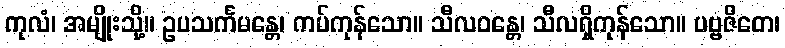
ကုလံ၊ အမျိုးသို့။ ဥပသင်္ကမန္တေ၊ ကပ်ကုန်သော။ သီလဝန္တေ၊ သီလရှိကုန်သော။ ပဗ္ဗဇိတေ၊